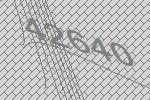
42640